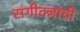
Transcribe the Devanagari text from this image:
संगीतज्ञांची